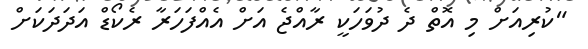
"ކުރިއަށް މި އޮތް ދެ ދުވަހަކީ ރާއްޖެ އަށް އެއްފަހަރާ ރެކޯޑް އަދަދަކަށް